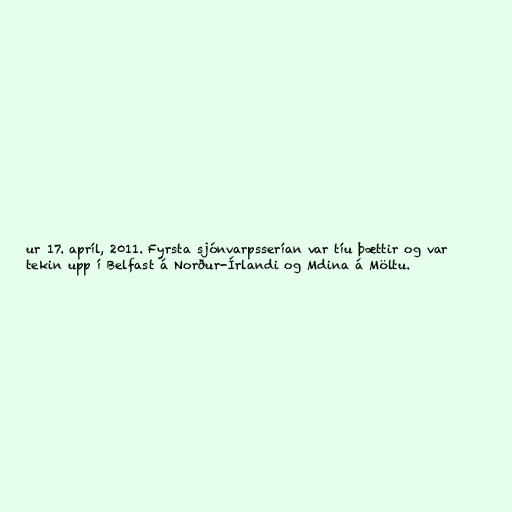
ur 17. apríl, 2011. Fyrsta sjónvarpsserían var tíu þættir og var
tekin upp í Belfast á Norður-Írlandi og Mdina á Möltu.